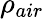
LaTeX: \rho_{air}